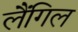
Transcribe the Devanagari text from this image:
लैंगिल